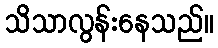
သိသာလွန်းနေသည်။